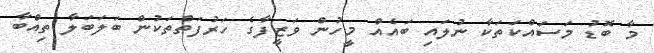
މާ ބޮޑު މަސައްކަތަކާ ނުލައި ބައެއް މީހުން ވަޒީފާގެ ހަރުފަތްތަކުން ބަލަބަލާ ތިއްބާ